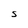
Character: S